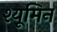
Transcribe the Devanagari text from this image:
श्यूमिन